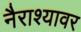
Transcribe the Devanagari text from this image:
नैराश्यावर